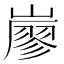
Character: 𡽐